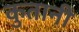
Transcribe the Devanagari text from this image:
कुतानी